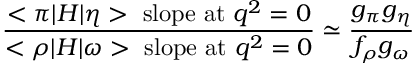
{ \frac { < \pi | H | \eta > \ \mathrm { s l o p e \ a t } \ q ^ { 2 } = 0 } { < \rho | H | \omega > \ \mathrm { s l o p e \ a t } \ q ^ { 2 } = 0 } } \simeq { \frac { g _ { \pi } g _ { \eta } } { f _ { \rho } g _ { \omega } } }